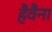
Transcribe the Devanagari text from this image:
हैवैना